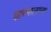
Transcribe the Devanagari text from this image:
द्वारपालांना